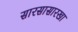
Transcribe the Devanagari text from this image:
सारसासारखा